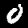
Label: 0